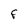
Character: F